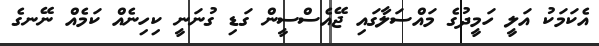
އެކަމަކު އަލީ ހަމީދުގެ މައްސަލާގައި ޖޭއެސްސީން ގަޑި ގުނަނީ ކިހިނެއް ކަމެއް ނޭނގެ